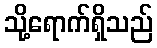
သို့ရောက်ရှိသည်